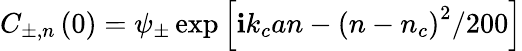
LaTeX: C_{\pm,n}\left(0\right)=\psi_{\pm}\exp\left[\mathbf{i}k_{c}an-\left(n-n_{c}\right)^{2}/200\right]